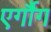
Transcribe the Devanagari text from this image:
एर्गौग